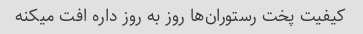
کیفیت پخت رستوران‌ها روز به روز داره افت میکنه